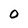
Character: 0